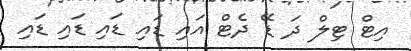
އިޓް ޓިލް ދަ ޑޭ ދެޓް އައި ޑައި ޑައި ޑައި ޑައި